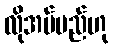
လိုအပ်မည်ဟု